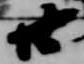
廿